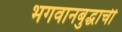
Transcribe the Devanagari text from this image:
भगवानबुद्धाची